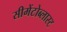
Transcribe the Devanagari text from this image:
सीमेंटोब्लास्ट